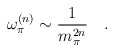
\begin{align*}\omega_{\pi}^{(n)}\sim \frac{1}{m_{\pi}^{2n}} \quad.\end{align*}